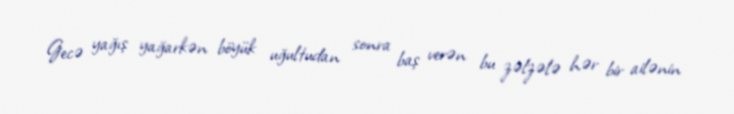
Gecə yağış yağarkən böyük uğultudan sonra baş verən bu zəlzələ hər bir ailənin